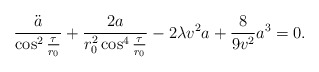
\begin{align*}\frac{\ddot{a}}{\cos^{2}{\frac{\tau}{r_{0}}}} + \frac{2a}{r_{0}^{2}\cos^{4}{\frac{\tau}{r_{0}}}} - 2\lambda v^{2}a +\frac{8}{9v^{2}}a^{3} =0.\end{align*}